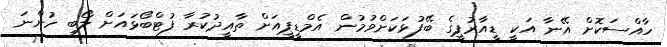
ހާއްސަކޮށް އޭނާ އަކީ ޑީއާރުޕީގެ ބޭފުޅަކަށްވުމުން އެމްޑީޕީއަށް ތާއީދުކުރާ ފުޓްބޯޅައަށް ލޯބި ހުންނަ